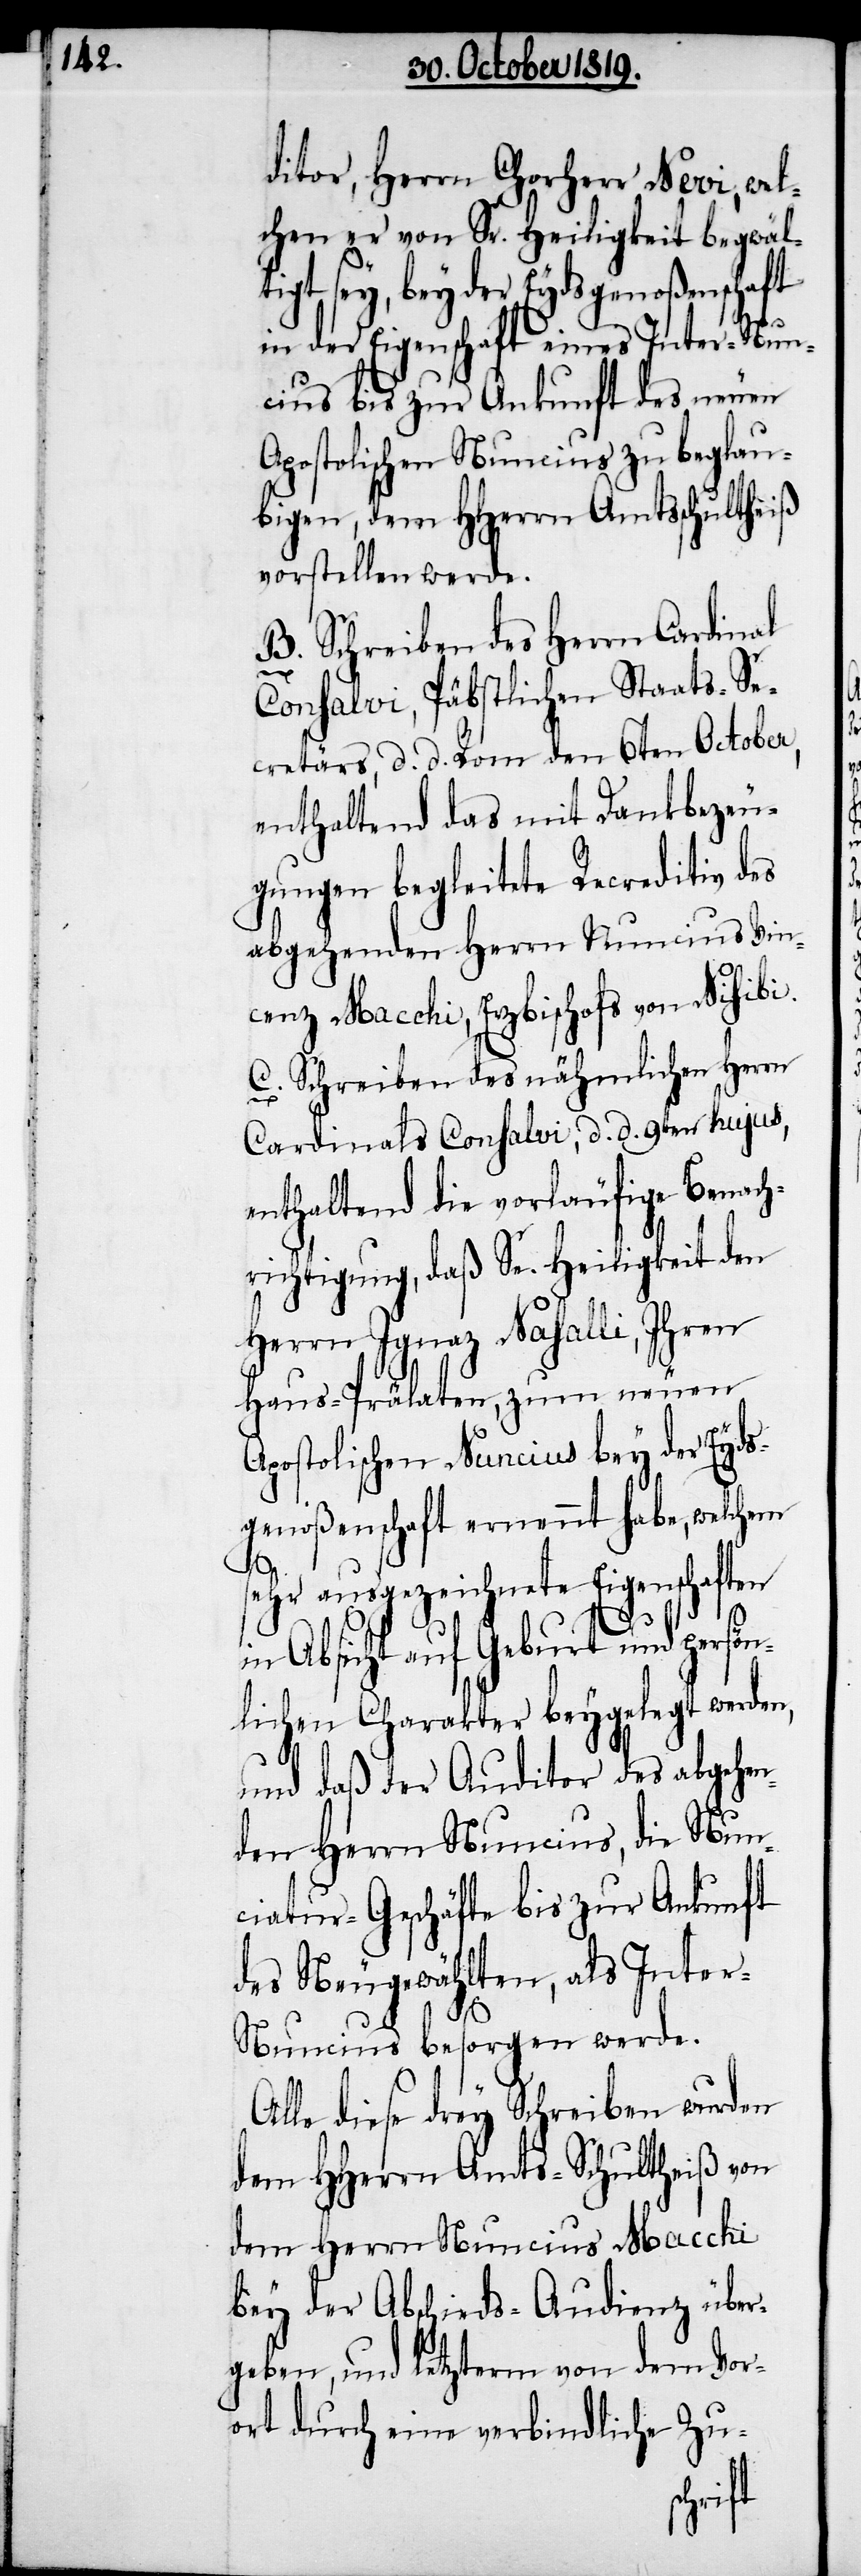
ditor, Herrn Chorherr Neri, wel¬
chen er von Sr. Heiligkeit begwäl¬
sey, bey der Eydsgenoßenschaft
in der Eigenschaft eines Inter-Nun¬
cius bis zur Ankunft des neuen
Apostolischen Nuncius zu beglau¬
bigen, dem HHerrn Amtsschultheiß
vorstellen werde.
B. Schreiben des Herrn Cardinal
Consalvi, Päbstlichen Staats-Se¬
cretärs, d. d. Rom den 6ten October,
enthaltend das mit Dankbezeu¬
gungen begleitete Recreditiv des
abgehenden Herrn Nuncius Vin¬
cenz Macchi, Erzbischofs von Nisibi.
C. Schreiben des nähmlichen Herrn
Cardinals Consalvi, d. d. 9ten hujus,
enthaltend die vorläufige Benach¬
richtigung, daß Se. Heiligkeit den
Herrn Ignaz Nasalli, Ihren
Haus-Prälaten, zum neuen
Apostolischen Nuncius bey der Eyds¬
genoßenschaft ernennt habe, welchem
sehr ausgezeichnete Eigenschaften
tigt
in Absicht auf Geburt und persön¬
lichen Charakter beygelegt werden,
und daß der Auditor des abgehen¬
den Herrn Nuncius, die Nun¬
ciatur-Geschäfte bis zur Ankunft
des Neugewählten, als Inter-N¬
uncius besorgen werde.
Alle diese drey Schreiben wurden
dem HHerrn Amts-Schultheiß von
dem Herrn Nuncius Macchi
bey der Abschieds-Audienz über¬
geben, und letzterm von dem Vor¬
ort durch eine verbindliche Zu-